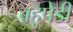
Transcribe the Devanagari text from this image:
बहुपेडी